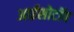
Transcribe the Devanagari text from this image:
आईसोटॉप